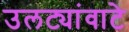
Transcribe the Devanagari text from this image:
उलट्यांवाटे